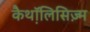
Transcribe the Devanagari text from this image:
कैथ़ॉलिसिज़्म